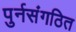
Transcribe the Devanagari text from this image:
पुर्नसंगठित